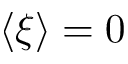
\langle \xi \rangle = 0